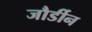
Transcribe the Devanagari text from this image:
जौर्डीन